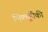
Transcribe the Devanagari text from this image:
भिक्खूंपैकी